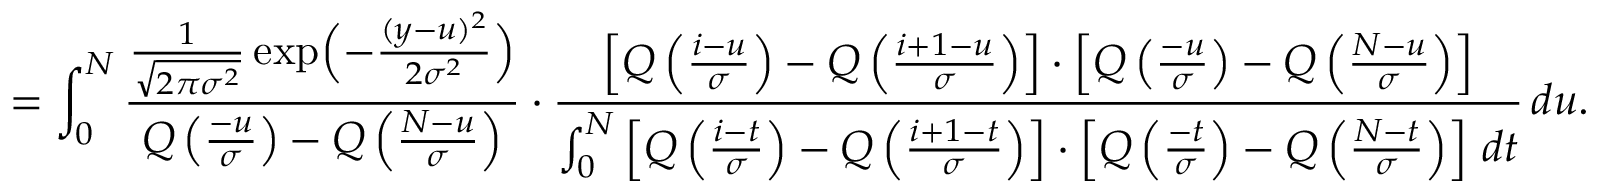
= \int _ { 0 } ^ { N } \frac { \frac { 1 } { \sqrt { 2 \pi \sigma ^ { 2 } } } \exp \Bigl ( - \frac { ( y - u ) ^ { 2 } } { 2 \sigma ^ { 2 } } \Bigr ) } { Q \left( \frac { - u } { \sigma } \right) - Q \left( \frac { N - u } { \sigma } \right) } \cdot \frac { \left[ Q \left( \frac { i - u } { \sigma } \right) - Q \left( \frac { i + 1 - u } { \sigma } \right) \right] \cdot \left[ Q \left( \frac { - u } { \sigma } \right) - Q \left( \frac { N - u } { \sigma } \right) \right] } { \int _ { 0 } ^ { N } \left[ Q \left( \frac { i - t } { \sigma } \right) - Q \left( \frac { i + 1 - t } { \sigma } \right) \right] \cdot \left[ Q \left( \frac { - t } { \sigma } \right) - Q \left( \frac { N - t } { \sigma } \right) \right] \, d t } \, d u .